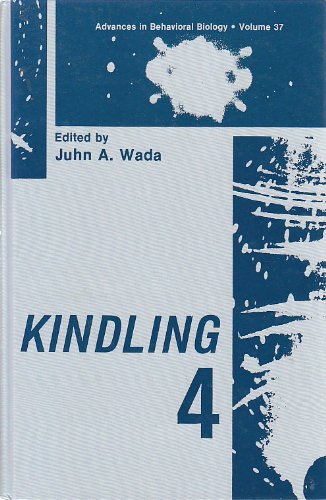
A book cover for Kindling 4 (Advances in Behavioral Biology); Health, Fitness & Dieting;